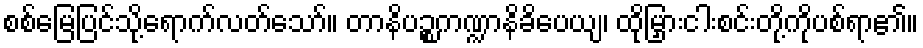
စစ်မြေပြင်သို့ရောက်လတ်သော်။ တာနိပဉ္စကဏ္ဍာနိခိပေယျ၊ ထိုမြှားငါးစင်းတို့ကိုပစ်ရာ၏။